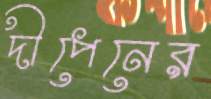
দীপেনের